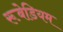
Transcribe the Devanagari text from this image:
रूबेडियम